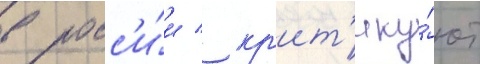
в росс'и́и / кр'ит'ику́ют